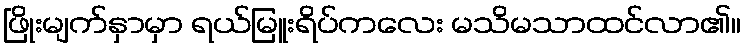
ဖြိုးမျက်နှာမှာ ရယ်မြူးရိပ်ကလေး မသိမသာထင်လာ၏။